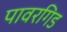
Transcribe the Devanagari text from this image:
पावरगिड